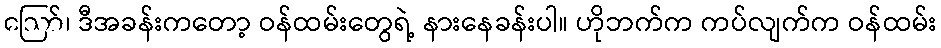
ဪ၊ ဒီအခန်းကတော့ ဝန်ထမ်းတွေရဲ့ နားနေခန်းပါ။ ဟိုဘက်က ကပ်လျက်က ဝန်ထမ်း